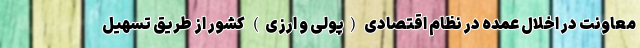
معاونت در اخلال عمده در نظام اقتصادی (پولی و ارزی) کشور از طریق تسهیل